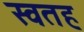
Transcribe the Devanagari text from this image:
स्वतह